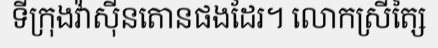
ទីក្រុងវ៉ាស៊ីនតោនផងដែរ។ លោកស្រីត្សៃ